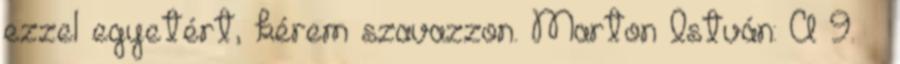
ezzel egyetért, kérem szavazzon. Marton István: A 9. §